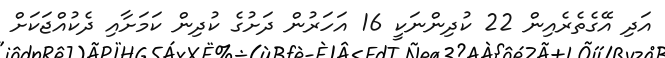
އަދި އޭގެތެރެއިން 22 ކުދިންނަކީ 16 އަހަރުން ދަށުގެ ކުދިން ކަމަށާއި ދެކުއްޖަކަށް